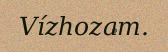
Vízhozam.